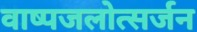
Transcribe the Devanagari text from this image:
वाष्पजलोत्सर्जन